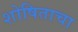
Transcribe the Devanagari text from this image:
शोषिताचा